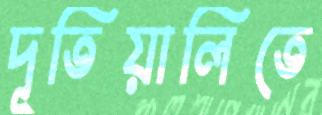
দূতিয়ালিতে